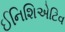
ઈનિશિએટિવ